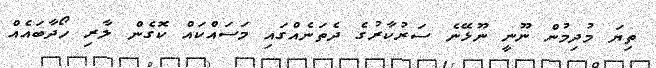
ތިޔަ މުދިމުން ނޫނީ ނޫޅޭނެ ސަރުކާރުގެ ދެތަނެއްގައި މަސައްކައް ކޮގެން ލާރި ހޯދާބައެއް